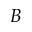
B